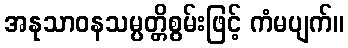
အနုသာဝနသမ္ပတ္တိစွမ်းဖြင့် ကံမပျက်။